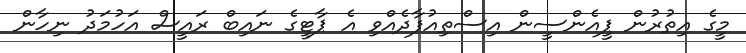
މީގެ އިތުރުން ޕީއެންސީން އިސްތިއުފާދެއްވި އެ ޕާޓީގެ ނައިބް ރައީސް އަހުމަދު ނިހާން